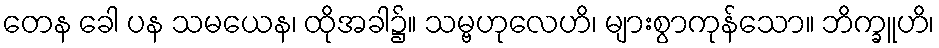
တေန ခေါ ပန သမယေန၊ ထိုအခါ၌။ သမ္ဗဟုလေဟိ၊ များစွာကုန်သော။ ဘိက္ခူဟိ၊